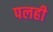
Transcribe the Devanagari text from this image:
पलही